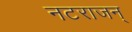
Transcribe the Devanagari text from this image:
नटराजन्‌